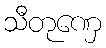
သီတုဏှေ